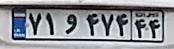
۷۱و۴۷۴۴۴